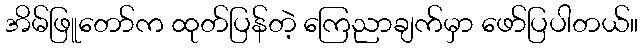
အိမ်ဖြူတော်က ထုတ်ပြန်တဲ့ ကြေညာချက်မှာ ဖော်ပြပါတယ်။